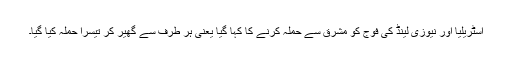
آسٹریلیا اور نیوزی لینڈ کی فوج کو مشرق سے حملہ کرنے کا کہا گیا یعنی ہر طرف سے گھیر کر تیسرا حملہ کیا گیا۔